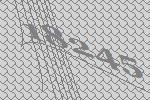
18245